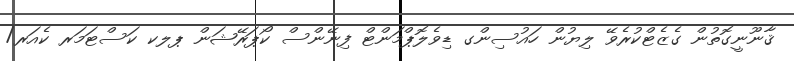
ޤާނޫނީގޮތުން ގެޒެޓްކުރެވޭ ލިޔުން ހައުސިންގ ޑިވެލޮޕްމަންޓް ފިނޭންސް ކޯޕަރޭޝަން ޕލކ ކަސްޓަމަރ ކެއަރ/